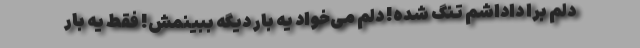
دلم برا داداشم تنگ شده! دلم می‌خواد یه بار دیگه ببینمش! فقط یه بار